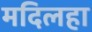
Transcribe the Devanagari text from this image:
मदिलहा